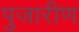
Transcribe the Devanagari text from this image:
पुजारीण